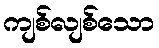
ကျစ်လျစ်သော